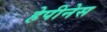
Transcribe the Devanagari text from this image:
हेपीनेस